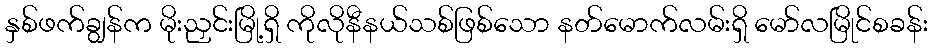
နှစ်ဖက်ချွန်က မိုးညှင်းမြို့ရှိ ကိုလိုနီနယ်သစ်ဖြစ်သော နတ်မောက်လမ်းရှိ မော်လမြိုင်စခန်း